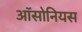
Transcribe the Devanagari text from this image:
ऑसोनियस